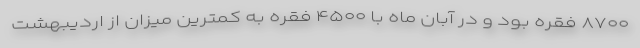
۸۷۰۰ فقره بود و در آبان ماه با ۴۵۰۰ فقره به کمترین میزان از اردیبهشت